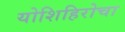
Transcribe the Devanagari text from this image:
योशिहिरोचा